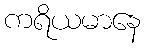
ကရိယမာနေ